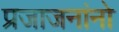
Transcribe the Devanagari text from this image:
प्रजाजनांनो